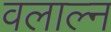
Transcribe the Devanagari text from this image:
वलाल्न